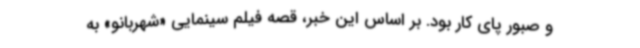
و صبور پای کار بود. بر اساس این خبر، قصه فیلم سینمایی «شهربانو» به